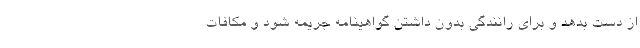
از دست بدهد و براي رانندگي بدون داشتن گواهينامه جريمه شود و مكافات